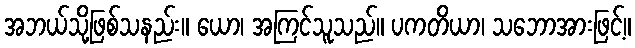
အဘယ်သို့ဖြစ်သနည်း။ ယော၊ အကြင်သူသည်။ ပကတိယာ၊ သဘောအားဖြင့်။